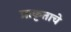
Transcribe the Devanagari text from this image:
प्राकृताचे